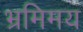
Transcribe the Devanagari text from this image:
भ्रमिमय